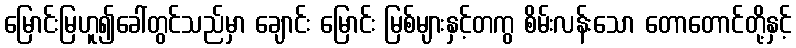
မြောင်းမြဟူ၍ခေါ်တွင်သည်မှာ ချောင်း မြောင်း မြစ်များနှင့်တကွ စိမ်းလန်းသော တောတောင်တို့နှင့်